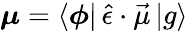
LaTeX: \boldsymbol{\mu}=\langle\boldsymbol{\phi}|\, \hat{\epsilon}\cdot\vec{\mu}\, |g\rangle